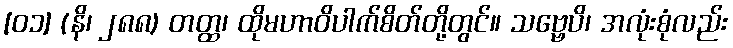
[၀၁] (နိ၊ ၂၈၈) တတ္ထ၊ ထိုမဟာဝိပါက်စိတ်တို့တွင်။ သဗ္ဗေပိ၊ အလုံးစုံလည်း